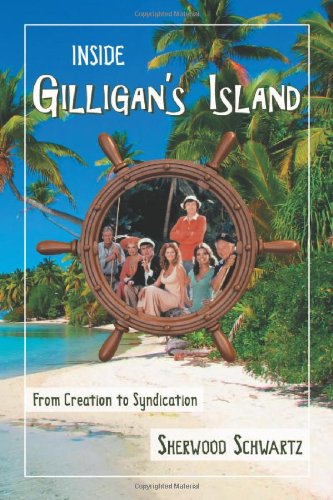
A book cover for Inside Gilligan's Island: From Creation to Syndication; Sherwood Schwartz; Humor & Entertainment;